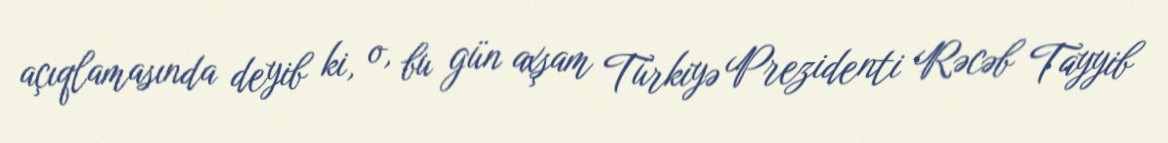
açıqlamasında deyib ki, o, bu gün axşam Türkiyə Prezidenti Rəcəb Tayyib